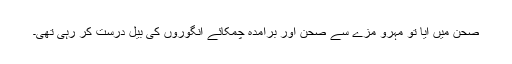
صحن میں آیا تو مہرو مزے سے صحن اور برآمدہ چمکائے انگوروں کی بیل درست کر رہی تھی۔